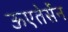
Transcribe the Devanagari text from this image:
ऊएतेर्सेन